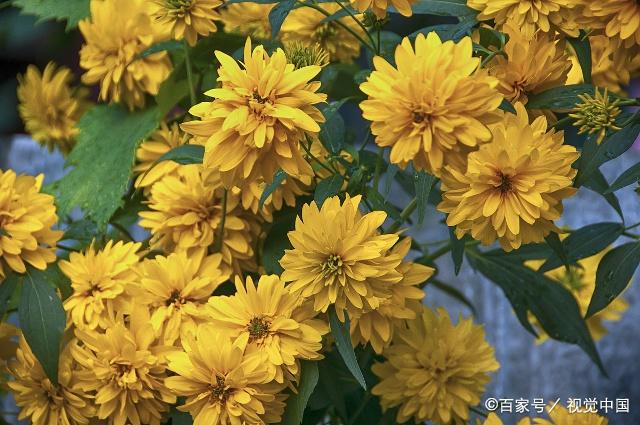
鬓发已甘尘路白，菊花犹送塞垣黄。